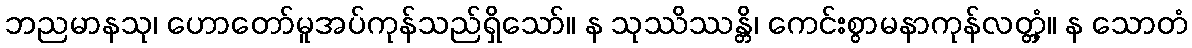
ဘညမာနသု၊ ဟောတော်မူအပ်ကုန်သည်ရှိသော်။ န သုဿိဿန္တိ၊ ကေင်းစွာမနာကုန်လတ္တံ့။ န သောတံ